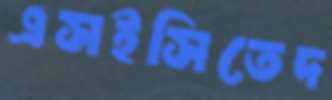
এসইসিতেদ